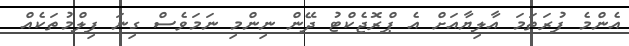
އެންމެ ފުރަތަމަ އާލިޔާއަށް އެ ޕްރޮޖެކްޓު ދޭން ނިންމި ނަމަވެސް ގިނަ ފިލްމުތަކެއް